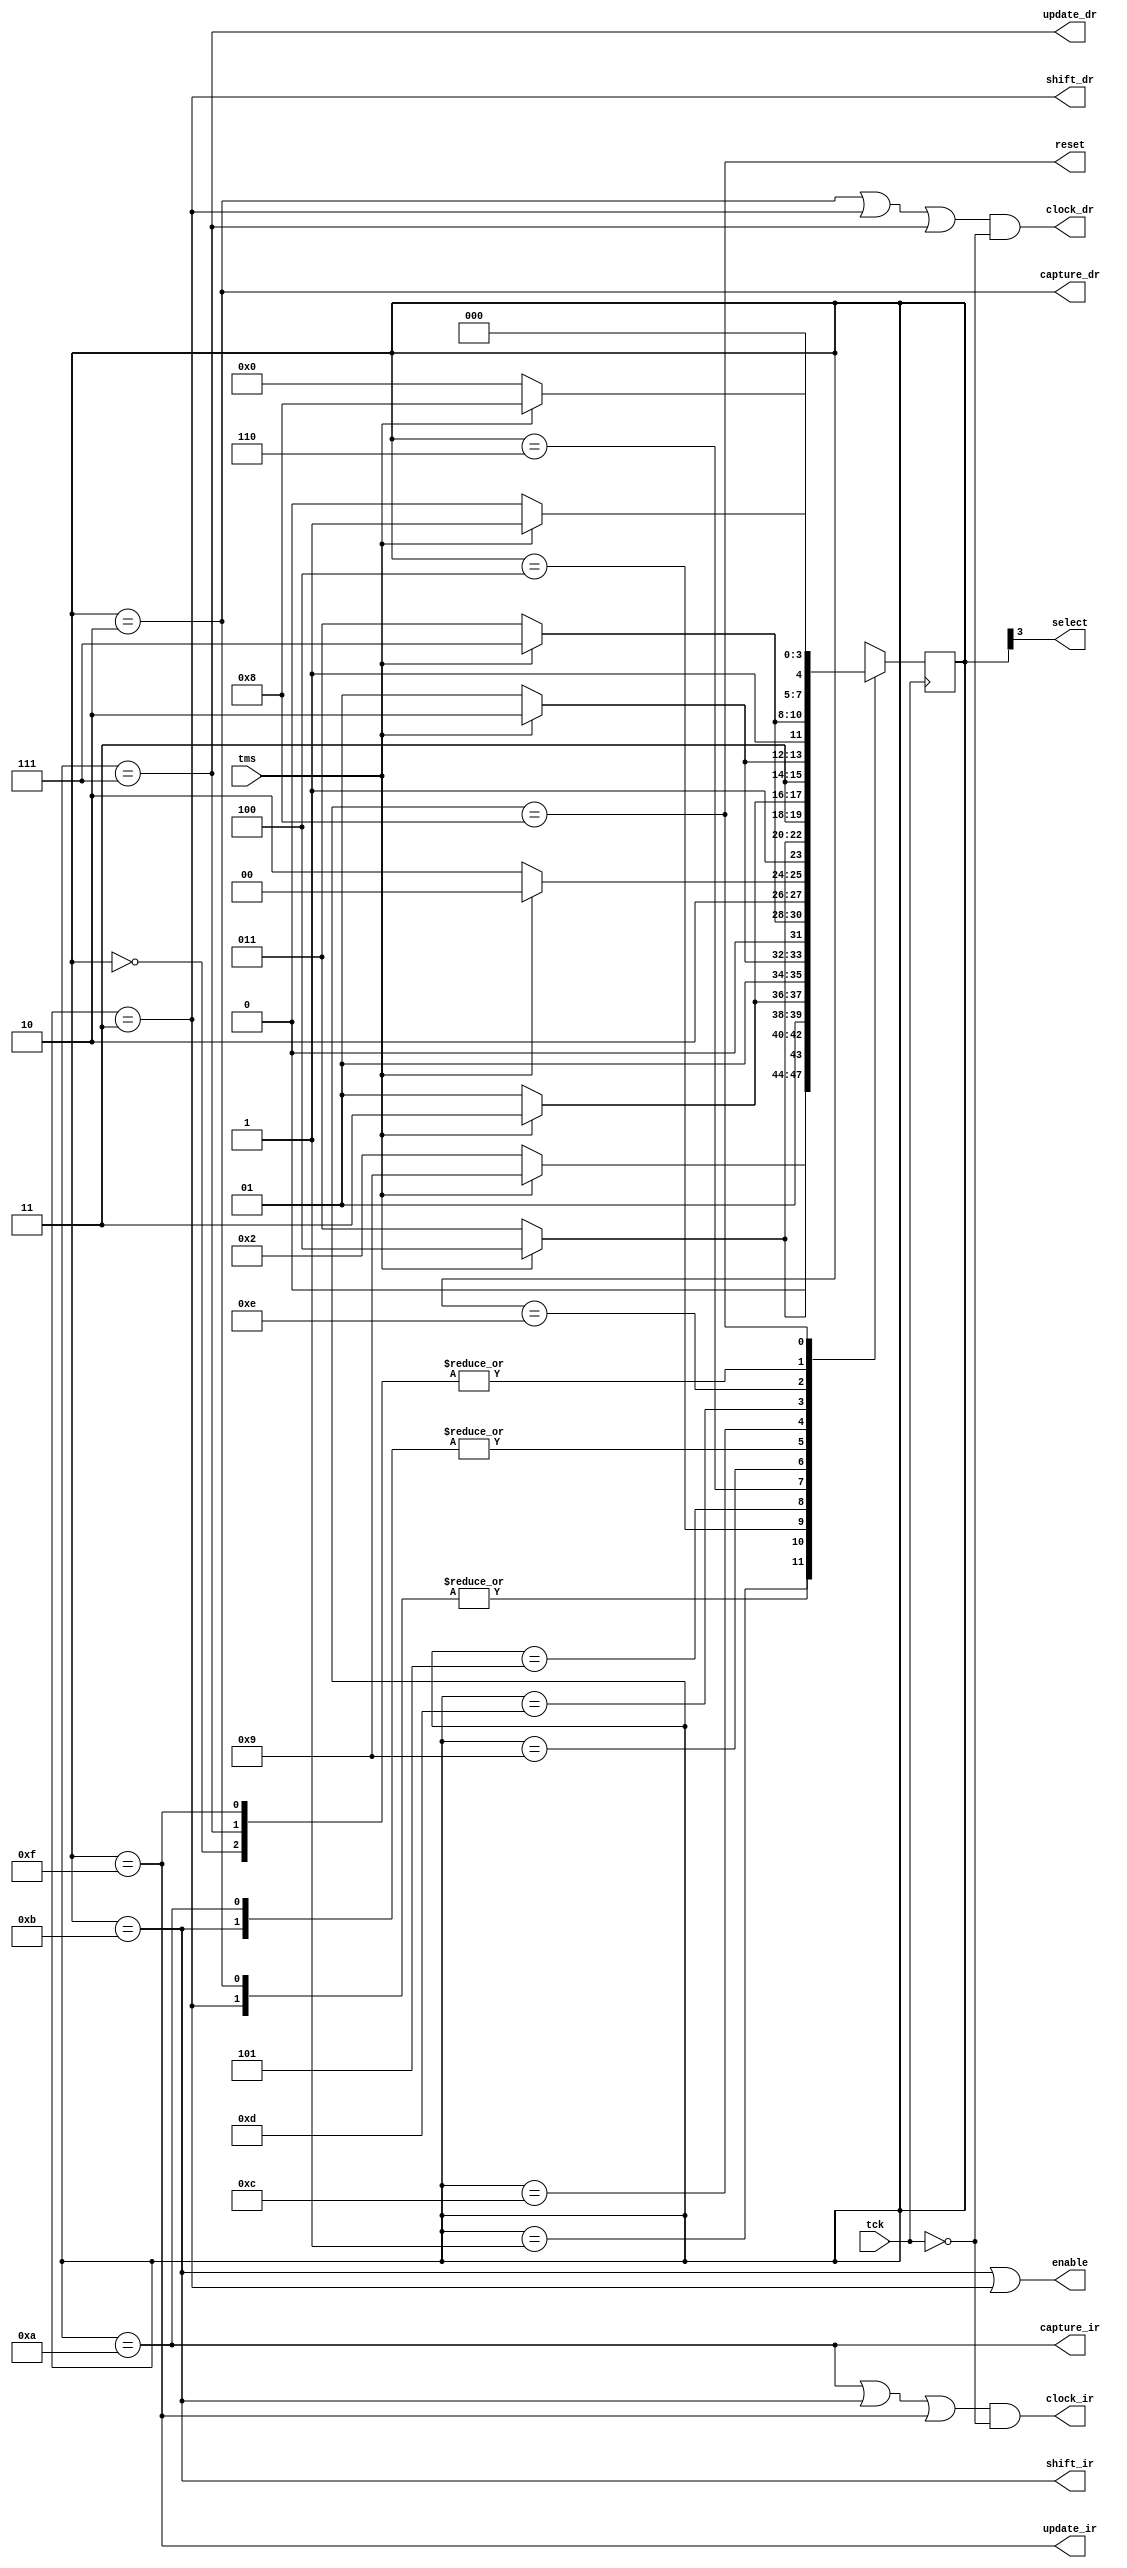
module tap (
	// Inputs
	tck, 	// External Clock Source
	tms, 	// State Machine Control
	// Outputs
	reset, 	// Register Reset signal
	select, // Selects between IR and DR TDO signals
	enable, // Enables TDO output (in Shift_Ir or Shift_Dr state)
	
	// Instruction Register Signals
	clock_ir, 	// Clock for Instruction Register Latches
	capture_ir, // Signal to shift previous state out of the Shadow Latches
	shift_ir, 	// Signal to shift TDI into Serial Latches
	update_ir, 	// Singal to shift Serial state into Shadow Latches
	
	// Data Register Signals
	clock_dr, 	// Clock for Instruction Register Latches
	capture_dr, // Signal to shift previous state out of the Shadow Latches
	shift_dr,   // Signal to shift TDI into Serial Latches
	update_dr   // Singal to shift Serial state into Shadow Latches
);
	
	input tck, tms;
	output reset, select, enable, clock_ir, capture_ir, shift_ir, update_ir, clock_dr, capture_dr, shift_dr, update_dr;
	
	reg [3:0]state;
	/* 
	JTAG TAP controller
	TMS/TDI are sampled on the rising edge of TCK
	TDO is sampled on the falling edge of TCK
	
	*/
	
	parameter // States of TAP Controller
		Run_Test_Idle 	= 4'b0000,		
		Select_Dr 		= 4'b0001,
		Capture_Dr 		= 4'b0010,
		Shift_Dr 		= 4'b0011,
		Exit1_Dr 		= 4'b0100,
		Pause_Dr 		= 4'b0101,
		Exit2_Dr 		= 4'b0110,
		Update_Dr 		= 4'b0111,
		
		Reset 			= 4'b1000,
						
		Select_Ir 		= 4'b1001,
		Capture_Ir 		= 4'b1010,
		Shift_Ir 		= 4'b1011,
		Exit1_Ir 		= 4'b1100,
		Pause_Ir 		= 4'b1101,
		Exit2_Ir 		= 4'b1110,
		Update_Ir 		= 4'b1111;

	
always @(posedge tck)
	begin
		case(state)
			Run_Test_Idle:	if(tms == 0)	state = Run_Test_Idle;
				else						state = Select_Dr;
			Select_Dr:	if(tms == 0)		state = Capture_Dr;
				else						state = Select_Ir;
			Capture_Dr:	if(tms == 0)		state = Shift_Dr;
				else						state = Exit1_Dr;
			Shift_Dr:	if(tms == 0)		state = Shift_Dr;
				else						state = Exit1_Dr;
			Exit1_Dr:	if(tms == 0)		state = Pause_Dr;
				else						state = Update_Dr;
			Pause_Dr:	if(tms == 0)		state = Pause_Dr;
				else						state = Exit2_Dr;
			Exit2_Dr:	if(tms == 0)		state = Shift_Dr;
				else						state = Update_Dr;
			Update_Dr:	if(tms == 0)		state = Run_Test_Idle;
				else						state = Select_Dr;
			Select_Ir:	if(tms == 0)		state = Capture_Ir;
				else						state = Reset;
			Capture_Ir:	if(tms == 0)		state = Shift_Ir;
				else						state = Exit1_Ir;
			Shift_Ir:	if(tms == 0)		state = Shift_Ir;
				else						state = Exit1_Ir;
			Exit1_Ir:	if(tms == 0)		state = Pause_Ir;
				else						state = Update_Ir;
			Pause_Ir:	if(tms == 0)		state = Pause_Ir;
				else						state = Exit2_Ir;
			Exit2_Ir:	if(tms == 0)		state = Shift_Ir;
				else						state = Update_Ir;
			Update_Ir:	if(tms == 0)		state = Run_Test_Idle;
				else						state = Select_Dr;
			Reset:	if(tms == 0)			state = Run_Test_Idle;
				else						state = Reset;
			default: 						state = Reset; 
		endcase
	end
	
	// Output Assignments
	assign reset = (state == 4'b1000);
	assign select = state[3]; // 1 for IR, 0 otherwise
		
	assign capture_ir = (state == Capture_Ir);
	assign shift_ir = (state == Shift_Ir); 
	assign update_ir = (state == Update_Ir);
	assign clock_ir = ((capture_ir || shift_ir || update_ir) && ~tck);
	
	assign capture_dr = (state == Capture_Dr);
	assign shift_dr = (state == Shift_Dr); 
	assign update_dr = (state == Update_Dr);
	assign clock_dr = ((capture_dr || shift_dr || update_dr) && ~tck);
			
	assign enable = shift_ir || shift_dr;
			
endmodule